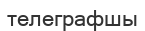
телеграфшы